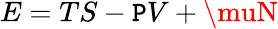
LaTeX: E=TS-\mathtt{P}V+\muN